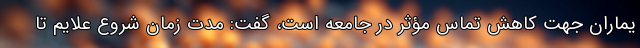
یماران جهت کاهش تماس مؤثر در جامعه است، گفت: مدت زمان شروع علایم تا